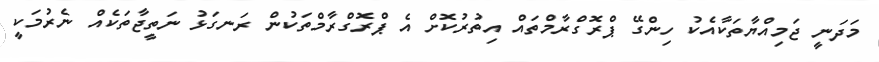
މަދަނީ ޖަމިއްޔާތަކާއެކު ހިންގޭ ޕްރޮގްރާމްތައް އިތުރުކޮށް އެ ޕްރޮގްރާމްތަކުން ރަނގަޅު ނަތީޖާތަކެއް ނެރުމަކީ